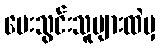
ပေးသွင်းသူများထဲမှ